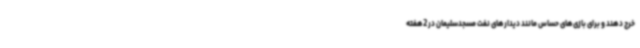
خرج دهند و برای بازی‌های حساس مانند دیدارهای نفت مسجدسلیمان در 2هفته